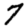
Digit: 7